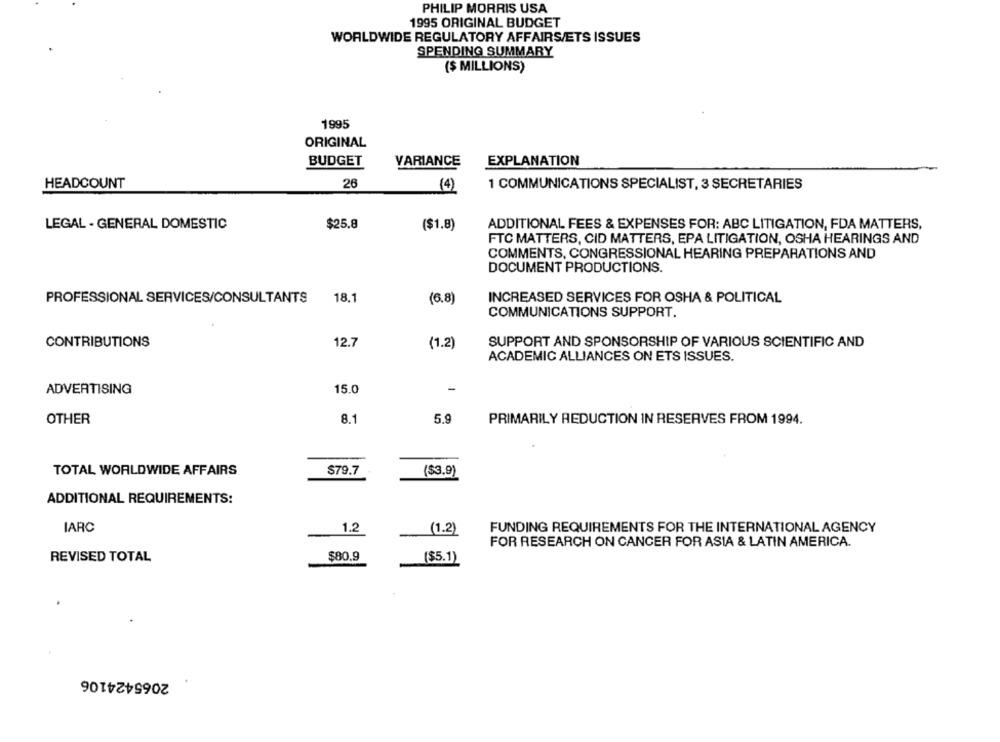
PHILIP MORRIS USA
1995 ORIGINAL BUDGET
WORLDWIDE REGULATORY AFFAIRS/ETS ISSUES
SPENDING SUMMARY
($ MILLIONS)
1995
ORIGINAL
BUDGET
VARIANCE
EXPLANATION
HEADCOUNT
26
1 COMMUNICATIONS SPECIALIST, 3 SECRETARIES
(4)
LEGAL - GENERAL DOMESTIC
$25.8
($1.8)
ADDITIONAL FEES & EXPENSES FOR: ABC LITIGATION, FDA MATTERS,
FTC MATTERS, CID MATTERS, EPA LITIGATION, OSHA HEARINGS AND
COMMENTS, CONGRESSIONAL HEARING PREPARATIONS AND
DOCUMENT PRODUCTIONS.
PROFESSIONAL SERVICES/CONSULTANTS
18.1
(6.8)
INCREASED SERVICES FOR OSHA & POLITICAL
COMMUNICATIONS SUPPORT.
CONTRIBUTIONS
12.7
(1.2)
SUPPORT AND SPONSORSHIP OF VARIOUS SCIENTIFIC AND
ACADEMIC ALLIANCES ON ETS ISSUES.
ADVERTISING
15.0
OTHER
8.1
5.9
PRIMARILY REDUCTION IN RESERVES FROM 1994.
TOTAL WORLDWIDE AFFAIRS
$79.7
($3.9)
ADDITIONAL REQUIREMENTS:
IARC
1.2
(1.2)
FUNDING REQUIREMENTS FOR THE INTERNATIONAL AGENCY
FOR RESEARCH ON CANCER FOR ASIA & LATIN AMERICA.
$80.9
REVISED TOTAL
($5.1)
2065424106